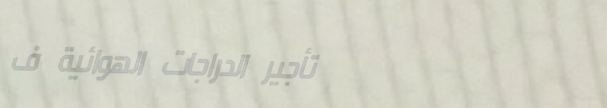
تأجير الدراجات الهوائية ف